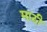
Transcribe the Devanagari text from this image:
माठी